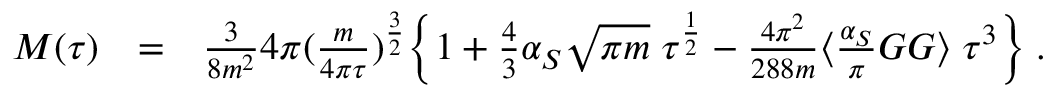
\begin{array} { r l r } { M ( \tau ) } & { = } & { \frac { 3 } { 8 m ^ { 2 } } 4 \pi ( \frac { m } { 4 \pi \tau } ) ^ { \frac { 3 } { 2 } } \biggl \lbrace 1 + \frac { 4 } { 3 } \alpha _ { S } \sqrt { \pi m } \; \tau ^ { \frac { 1 } { 2 } } - \frac { 4 \pi ^ { 2 } } { 2 8 8 m } \langle \frac { \alpha _ { S } } { \pi } G G \rangle \; \tau ^ { 3 } \biggr \rbrace \; . } \end{array}